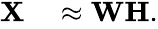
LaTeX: \begin{array}{rl}{\mathbf{X}}&{{}\approx\mathbf{W}\mathbf{H}.}\end{array}